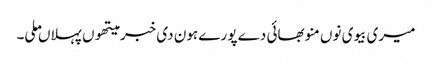
میری بیوی نوں منو بھائی دے پورے ہون دی خبر میتھوں پہلاں ملی۔